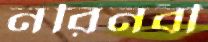
নরিনবী